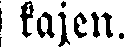
kajen.